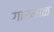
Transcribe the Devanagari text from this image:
गारमाळ